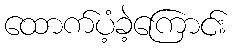
ထောက်ပံ့ခဲ့ကြောင်း